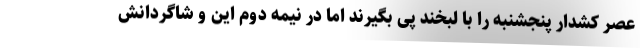
عصر کشدار پنجشنبه را با لبخند پی بگیرند اما در نیمه دوم این و شاگردانش